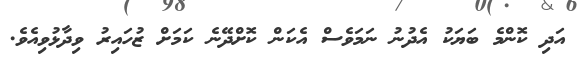
އަދި ކޮންމެ ބަޔަކު އެދުނު ނަމަވެސް އެކަން ކޮށްދޭނެ ކަމަށް ޒުހައިރު ވިދާޅުވިއެވެ.